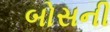
બોસની